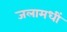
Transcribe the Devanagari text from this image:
जलामधीं